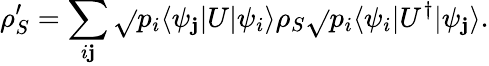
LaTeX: \rho_{S}^{\prime}=\sum_{i\mathbf{j}}{\sqrt{}{{p_{i}}}}\langle\psi_{\mathbf{j}}|U|\psi_{i}\rangle\rho_{S}{\sqrt{}{{p_{i}}}}\langle\psi_{i}|U^{\dagger}|\psi_{\mathbf{j}}\rangle.